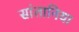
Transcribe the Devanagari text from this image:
सांतानिया